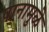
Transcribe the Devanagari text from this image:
पानामुळे